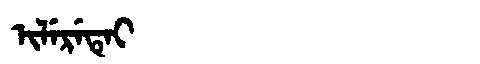
Manchu: ᡳᠯᡝᡵᡝᡨᡝᡳ
Romanization: ILERETEI